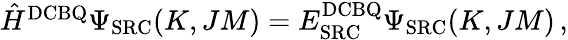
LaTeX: \begin{array}{r}{\hat{H}^{\mathrm{DCBQ}}\Psi_{\mathrm{SRC}}(K,JM)=E_{\mathrm{SRC}}^{\mathrm{DCBQ}}\Psi_{\mathrm{SRC}}(K,JM)\, ,}\end{array}